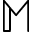
\mathbb { M }